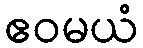
ဧဝမယံ